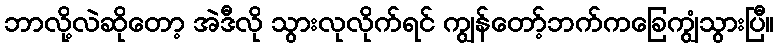
ဘာလို့လဲဆိုတော့ အဲဒီလို သွားလုလိုက်ရင် ကျွန်တော့်ဘက်ကခြေကျွံသွားပြီ။